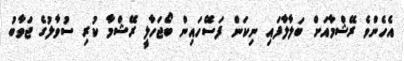
އެހެންވެ ރޭޝްމާއަށް ބަލާލާފައި ނިކަން ފަސޭހައިން ބޯޖަހާލީ ރޭޝްމާ ކުރި ސުވާލުގެ ޖަވާބު